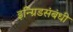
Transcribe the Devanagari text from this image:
इन्ग्रिडसंबंधी